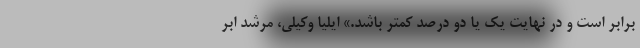
برابر است و در نهایت یک یا دو درصد کمتر باشد.» ایلیا وکیلی، مرشد ابر